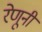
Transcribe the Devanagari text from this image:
रेणूनी